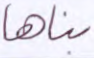
بناها